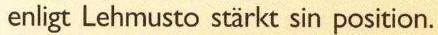
enligt Lehmusto stärkt sin position.